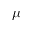
\mu